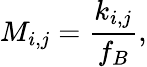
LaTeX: M_{i,j}=\frac{k_{i,j}}{f_{B}},